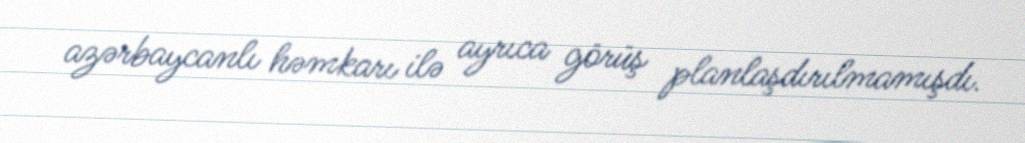
azərbaycanlı həmkarı ilə ayrıca görüş planlaşdırılmamışdı.